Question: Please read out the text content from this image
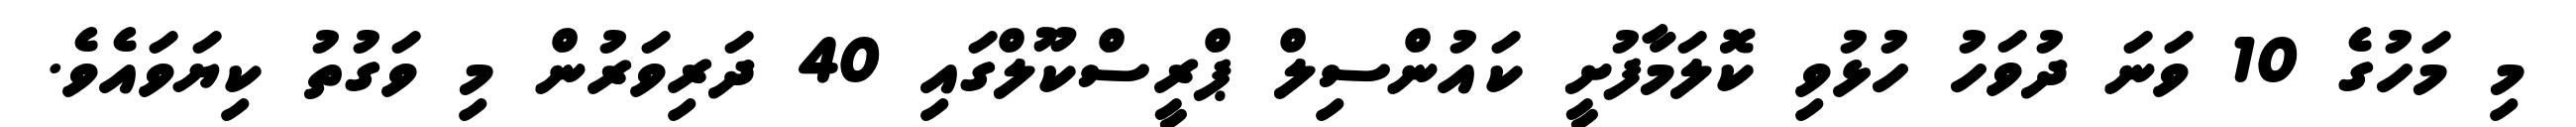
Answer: މި މަހުގެ 10 ވަނަ ދުވަހު ހުޅުވި ކޮލަމާފުށީ ކައުންސިލް ޕްރީސްކޫލްގައި 40 ދަރިވަރުން މި ވަގުތު ކިޔަވައެވެ.